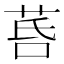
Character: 𦯚